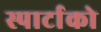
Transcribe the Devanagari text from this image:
स्पार्टाको